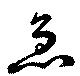
急